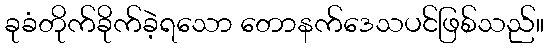
ခုခံတိုက်ခိုက်ခဲ့ရသော တောနက်ဒေသပင်ဖြစ်သည်။